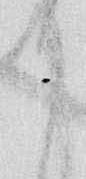
か